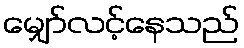
မျှော်လင့်နေသည်